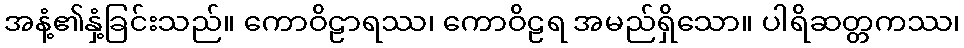
အနံ့၏နှံ့ခြင်းသည်။ ကောဝိဠာရဿ၊ ကောဝိဠရ အမည်ရှိသော။ ပါရိဆတ္တကဿ၊